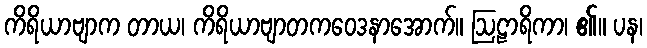
ကိရိယာဗျာက တာယ၊ ကိရိယာဗျာတကဝေဒနာအောက်။ ဩဠာရိကာ၊ ၏။ ပန၊